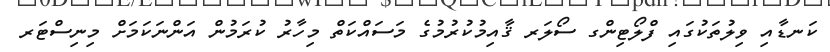
ކަނޑާއި ވިލުތަކުގައި ފްލޯޓިންގ ސޯލަރ ޤާއިމުކުރުމުގެ މަސައްކަތް މިހާރު ކުރަމުން އަންނަކަމަށް މިނިސްޓަރ